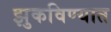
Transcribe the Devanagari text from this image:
झुकविण्यात